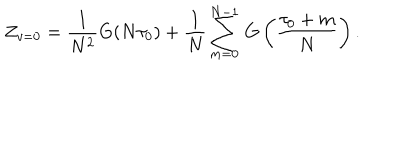
Z _ { v = 0 } = \frac { 1 } { N ^ { 2 } } G ( N \tau _ { 0 } ) + \frac { 1 } { N } \sum _ { m = 0 } ^ { N - 1 } \, G \left( \frac { \tau _ { 0 } + m } { N } \right) .